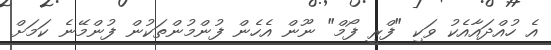
އެ ހުއްދައާއެކު ވަކި "ފްރީ ފޯމް" ނޫން އެހެން ފުންމުންތަކުން ފުންމޭނެ ކަމަށް